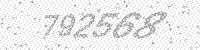
Solution: 792568